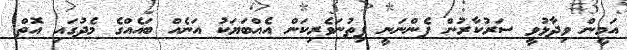
އަމީން ވިދާޅުވީ ސަރުކާރުން ފެންނަނީ ފިތުނަވެރިކަން އެއްބަޔަކު އަނެއް ބައެއްގެ މެދުގައި އޮތް